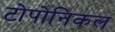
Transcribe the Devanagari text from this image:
टोपोनिकल